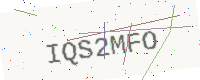
Text: IQS2MFO